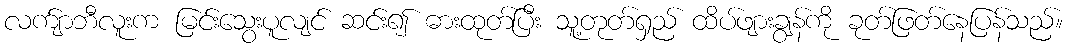
လက်ျာဘီလူးက မြင်းသွေးပူလျင် ဆင်း၍ ဓားထုတ်ပြီး သူ့တုတ်ရှည် ထိပ်ဖျားချွန်ကို ခုတ်ဖြတ်နေပြန်သည်။